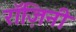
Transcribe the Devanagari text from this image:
रॉज़िनी